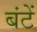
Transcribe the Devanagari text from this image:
बंटें